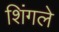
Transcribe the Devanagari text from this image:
शिंगले